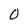
Character: O